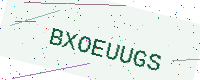
Text: BXOEUUGS